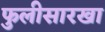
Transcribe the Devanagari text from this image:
फुलीसारखा